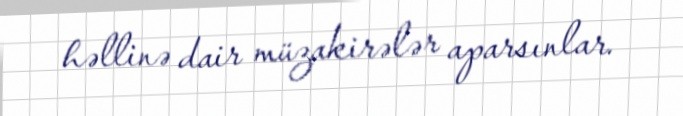
həllinə dair müzakirələr aparsınlar.